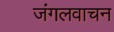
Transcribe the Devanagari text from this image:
जंगलवाचन